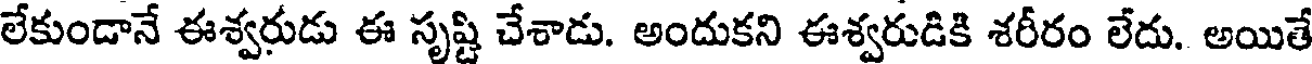
లేకుండానే ఈశ్వరుడు ఈ సృష్టి చేశాడు. అందుకని ఈశ్వరుడికి శరీరం లేదు. అయితే